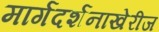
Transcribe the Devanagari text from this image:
मार्गदर्शनाखेरीज